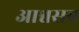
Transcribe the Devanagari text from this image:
आश्वसव